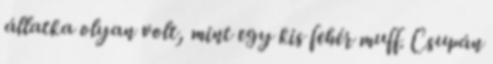
állatka olyan volt, mint egy kis fehér muff. Csupán